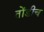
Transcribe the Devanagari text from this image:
तोंडीच